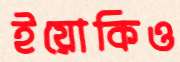
ইয়োকিও